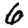
Digit: 6